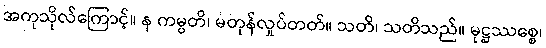
အကုသိုလ်ကြောင့်။ န ကမ္ပတိ၊ မတုန်လှုပ်တတ်။ သတိ၊ သတိသည်။ မုဋ္ဌဿစ္စေ၊